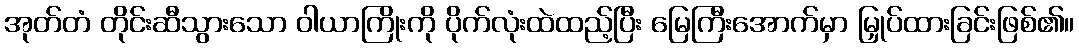
အုတ်တံ တိုင်းဆီသွားသော ဝါယာကြိုးကို ပိုက်လုံးထဲထည့်ပြီး မြေကြီးအောက်မှာ မြှုပ်ထားခြင်းဖြစ်၏။